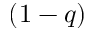
( 1 - q )